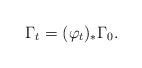
LaTeX: \begin{align*}\Gamma_t=(\varphi_t)_*\Gamma_0.\end{align*}